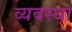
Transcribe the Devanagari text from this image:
व्यवस्था